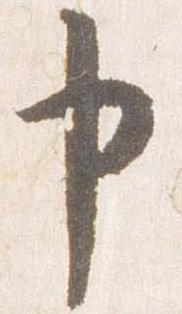
申